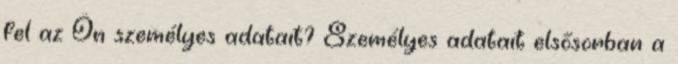
fel az Ön személyes adatait? Személyes adatait elsősorban a